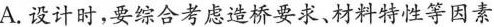
A.设计时，要综合考虑造桥要求、材料特性等因素